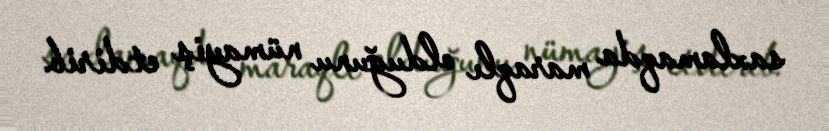
saxlamaqda maraqlı olduğunu nümayiş etdirib.